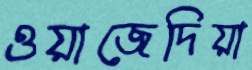
ওয়াজেদিয়া